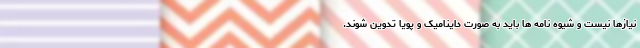
نیازها نیست و شیوه نامه ها باید به صورت داینامیک و پویا تدوین شوند.